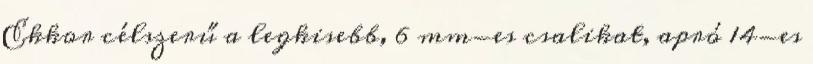
Ekkor célszerű a legkisebb, 6 mm-es csalikat, apró 14-es